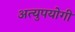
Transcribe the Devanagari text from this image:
अत्युपयोगी